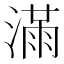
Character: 𣼛